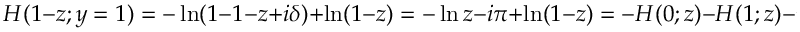
H ( 1 - z ; y = 1 ) = - \ln ( 1 - 1 - z + i \delta ) + \ln ( 1 - z ) = - \ln z - i \pi + \ln ( 1 - z ) = - H ( 0 ; z ) - H ( 1 ; z ) - i \pi \; ,